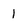
Character: 1